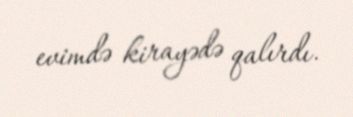
evimdə kirayədə qalırdı.